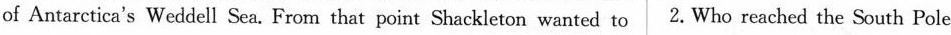
of Antarctica's Weddell Sea. From that point Shackleton wanted to 2. Who reached the South Pole